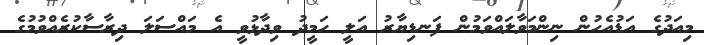
މިއަދުގެ އަޑުއެހުން ނިންމަވާލައްވަމުން ފަނޑިޔާރު އަލީ ހަމީދު ވިދާޅުވީ އެ މައްސަލަ ދިރާސާކުރެއްވުމުގެ